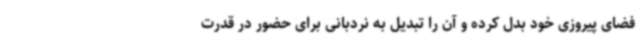
فضای پیروزی خود بدل کرده و آن را تبدیل به نردبانی برای حضور در قدرت